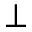
\perp